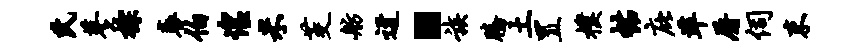
氏蓼棕衰伯惶米茭舫迓·族腾土置朴帖庇准屠伺束